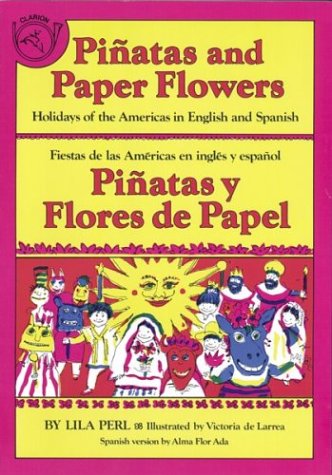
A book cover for PiÃ±atas and Paper Flowers: Holidays of the Americas in English and Spanish / PiÃ±atas y flores de papel: Fiestas de las AmÃ©ricas en inglÃ©s y espaÃ±ol (Spanish and English Edition); Lila Perl; Children's Books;